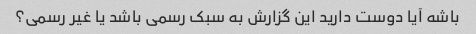
باشه آیا دوست دارید این گزارش به سبک رسمی باشد یا غیر رسمی؟